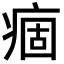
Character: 痼